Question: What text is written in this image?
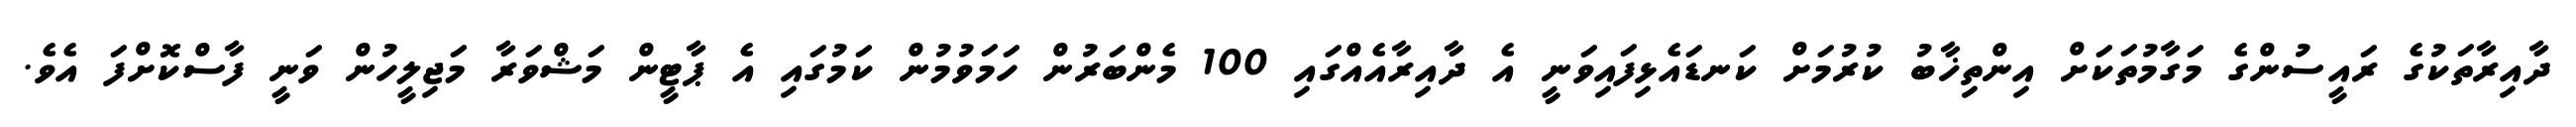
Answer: ދާއިރާތަކުގެ ރައީސުންގެ މަގާމުތަކަށް އިންތިޚާބު ކުރުމަށް ކަނޑައެޅިފައިވަނީ އެ ދާއިރާއެއްގައި 100 މެންބަރުން ހަމަވުމުން ކަމުގައި އެ ޕާޓީން މަޝްވަރާ މަޖިލީހުން ވަނީ ފާސްކޮށްފަ އެވެ.